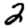
Digit: 2